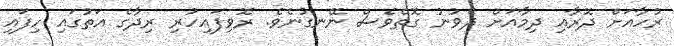
ރުހާއަށް ދޮރާއި ދިމާއަށް ދެވުނު ގޮތްވެސް ނޭނގުނެވެ. ރޮވިފައިހުރި ރިދާގެ އަތުގައި ހިފައި